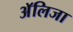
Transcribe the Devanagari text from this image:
अॅलिजा